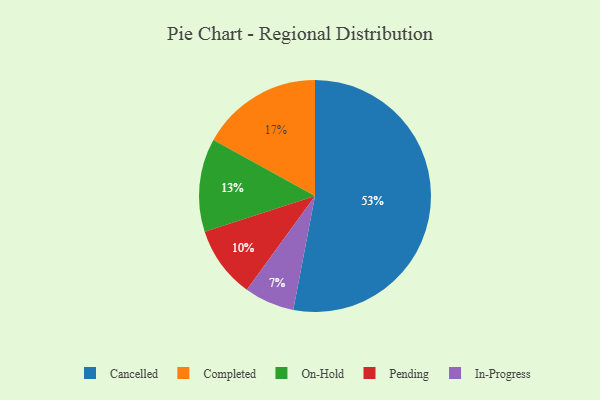
{"axis": {"x": "Category", "y": "Percentage"}, "legend": ["Cancelled", "Completed", "In-Progress", "On-Hold", "Pending"], "data": [{"x": "In-Progress", "y": 7, "type": "In-Progress"}, {"x": "Completed", "y": 17, "type": "Completed"}, {"x": "Cancelled", "y": 53, "type": "Cancelled"}, {"x": "Pending", "y": 10, "type": "Pending"}, {"x": "On-Hold", "y": 13, "type": "On-Hold"}]}